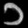
Digit: ၁